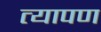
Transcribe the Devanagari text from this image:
त्यापण